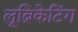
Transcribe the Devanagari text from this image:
लूब्रिकेटिंग